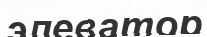
элеватор